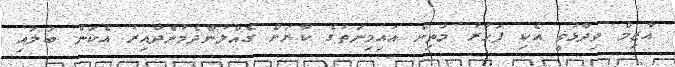
އާޒިމް ވިދާޅުވީ އެކި ފަހަރު މަތިން އައިމިނަތުގެ ކާރަށް ގެއްލުންދެމުންދާއިރު އެކަން ބަލައި